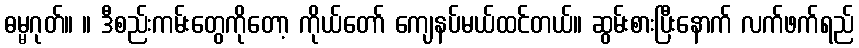
ဓမ္မဂုတ်။ ။ ဒီစည်းကမ်းတွေကိုတော့ ကိုယ်တော် ကျေနပ်မယ်ထင်တယ်။ ဆွမ်းစားပြီးနောက် လက်ဖက်ရည်